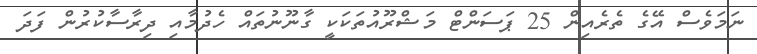
ނަމަވެސް އޭގެ ތެރެއިން 25 ޕަސަންޓް މަޝްރޫއުތަކަކީ ގާނޫނުތައް ހެދުމާއި ދިރާސާކުރުން ފަދަ